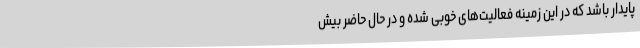
پایدار باشد که در این زمینه فعالیت‌های خوبی شده و در حال حاضر بیش